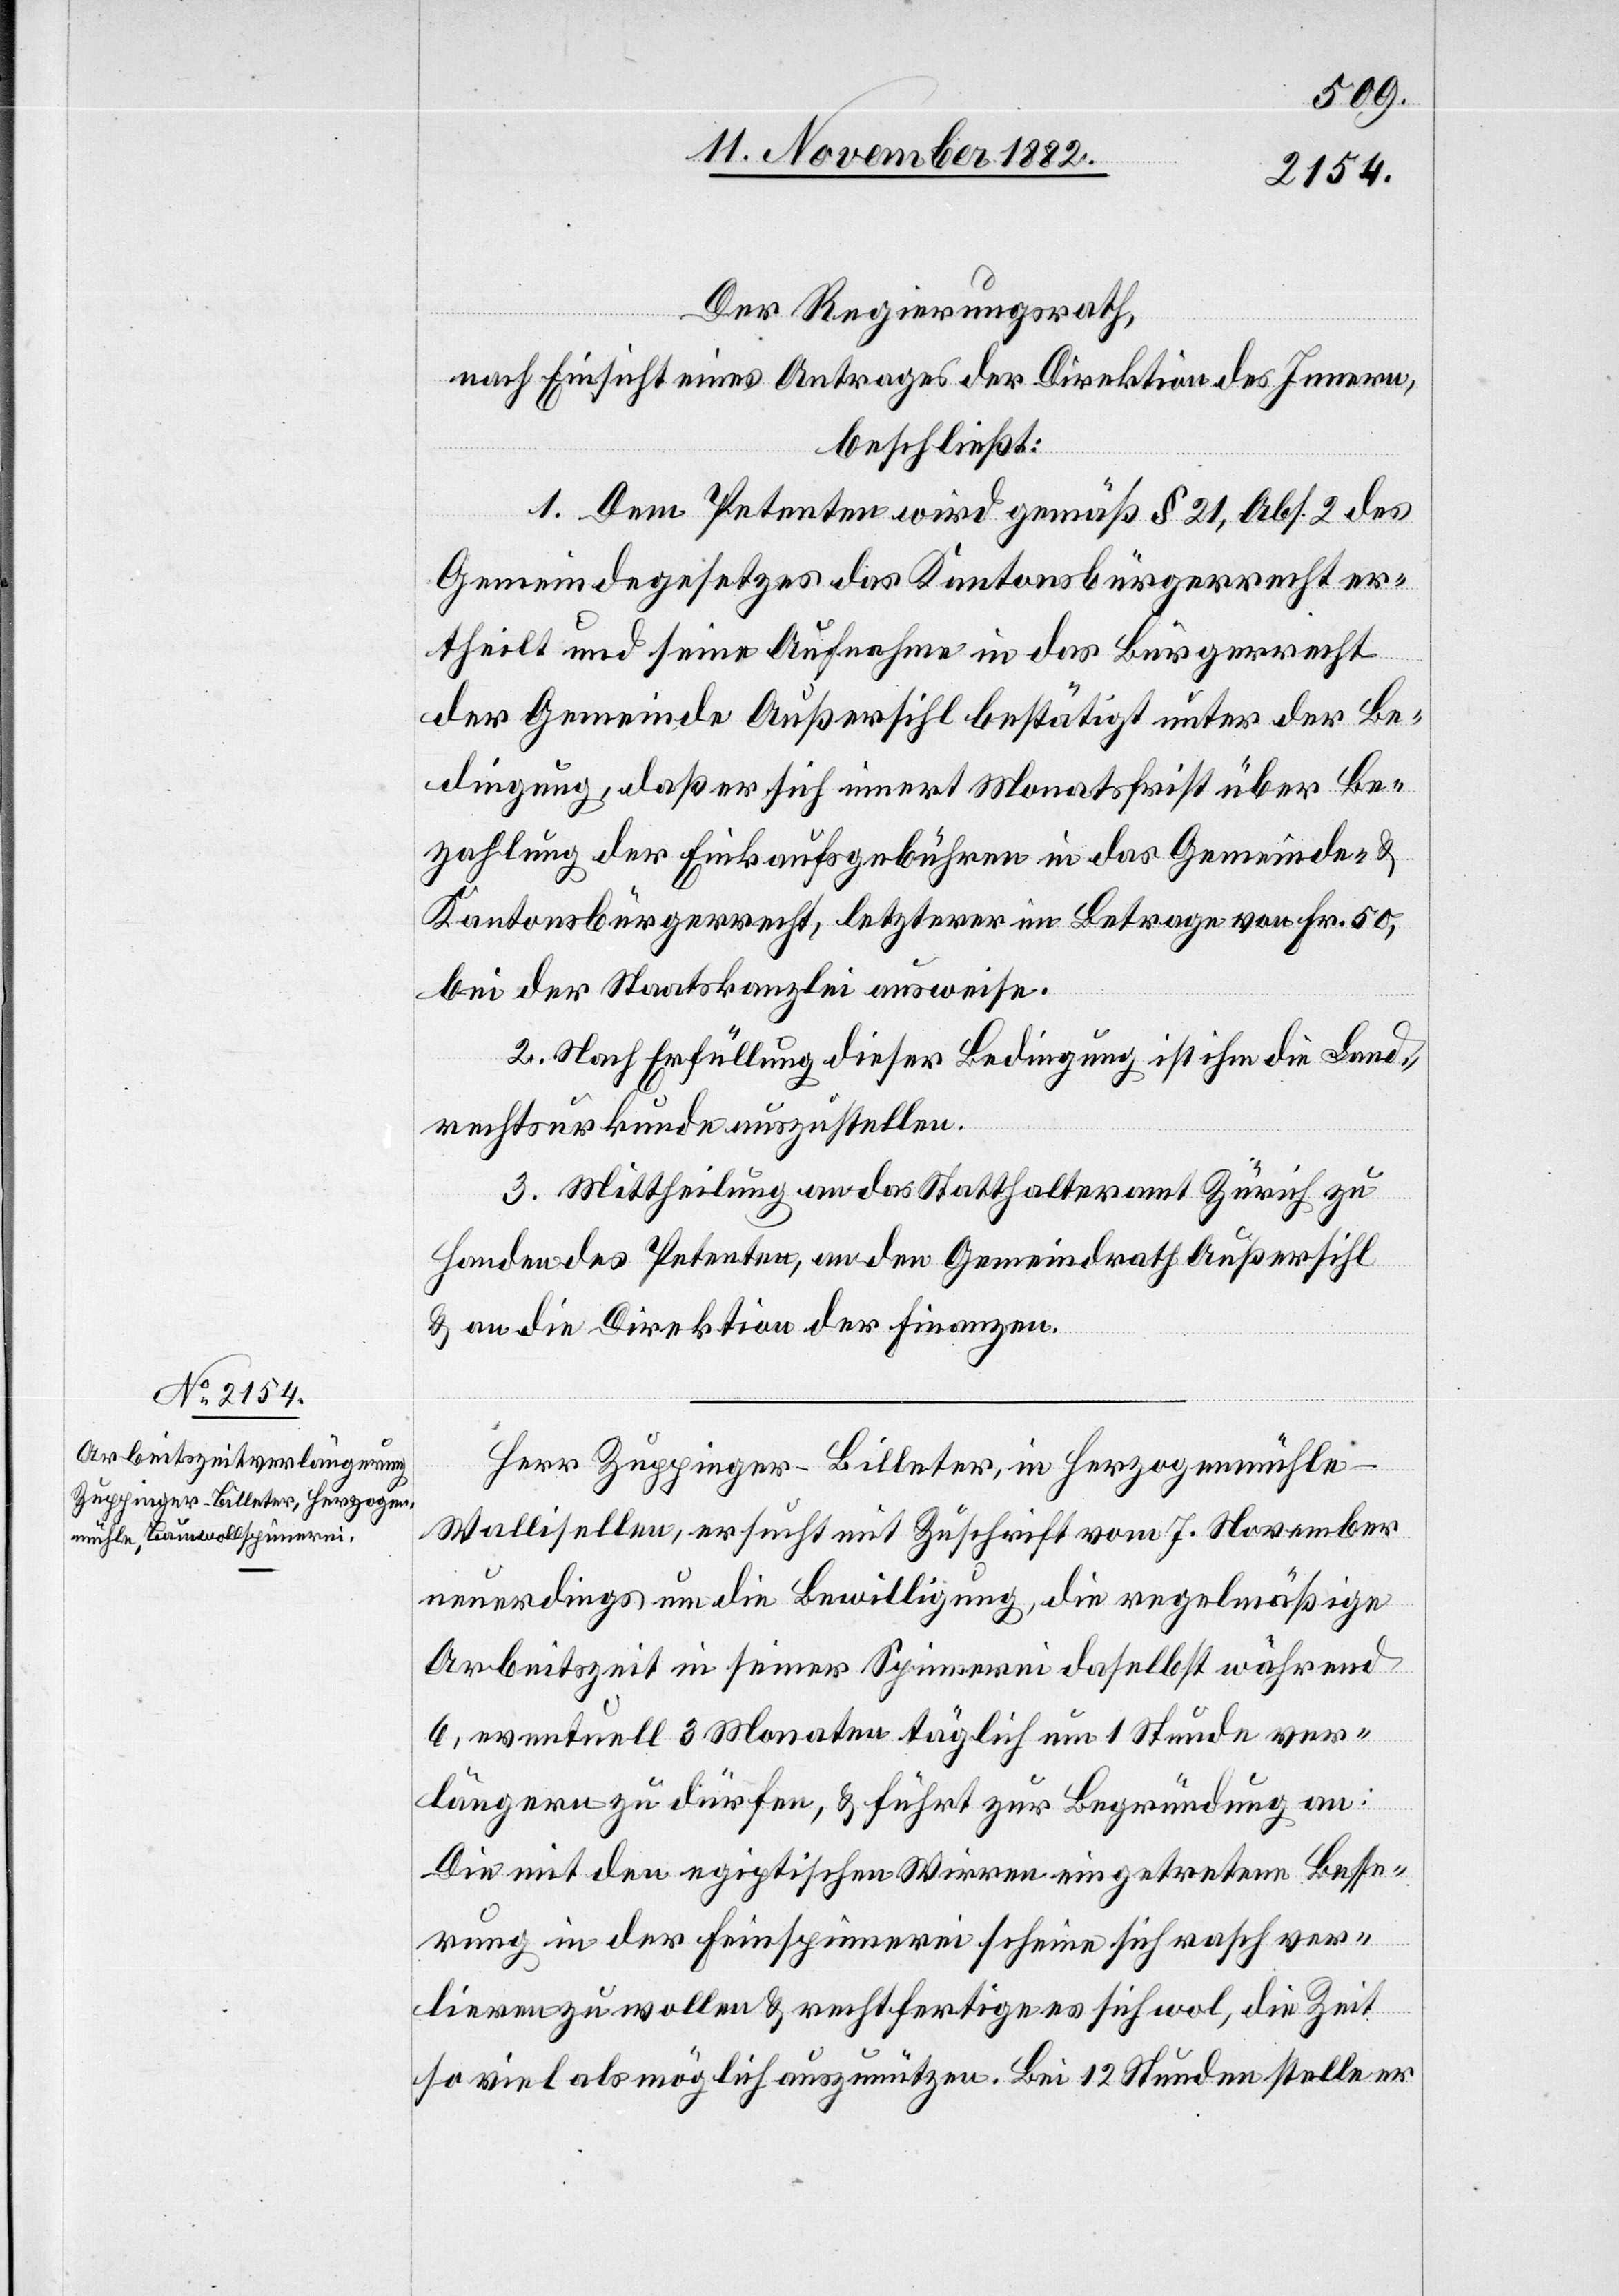
Der Regierungsrath,
nach Einsicht eines Antrages der Direktion des Innern,
beschließt:
1. Dem Petenten wird gemäß § 21, Abs. 2 des
Gemeindegesetzes das Kantonsbürgerrecht er¬
theilt und seine Aufnahme in das Bürgerrecht
der Gemeinde Außersihl bestätigt unter der Be¬
dingung, daß er sich innert Monatsfrist über Be¬
zahlung der Einkaufsgebühren in das Gemeinde- &
Kantonsbürgerrecht, letzterer im Betrage von Fr. 50,
bei der Staatskanzlei ausweise.
2. Nach Erfüllung dieser Bedingung ist ihm die Land¬
rechtsurkunde auszustellen.
3. Mittheilung an das Statthalteramt Zürich zu
Handen des Petenten, an den Gemeindrath Außersihl
& an die Direktion der Finanzen.
Herr Zuppinger-Billeter, in Herzogenmühle
Wallisellen, ersucht mit Zuschrift vom 7. November
neuerdings um die Bewilligung, die regelmäßige
Arbeitszeit in seiner Spinnerei daselbst während
6, eventuell 3 Monaten täglich um 1 Stunde ver¬
längern zu dürfen, & führt zur Begründung an:
Die mit den egiptischen Wirren eingetretene Besse¬
rung in der Feinspinnerei scheine sich rasch ver¬
lieren zu wollen & rechtfertige es sich wol, die Zeit
so viel als möglich auszunützen. Bei 12 Stunden stelle er